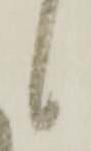
候